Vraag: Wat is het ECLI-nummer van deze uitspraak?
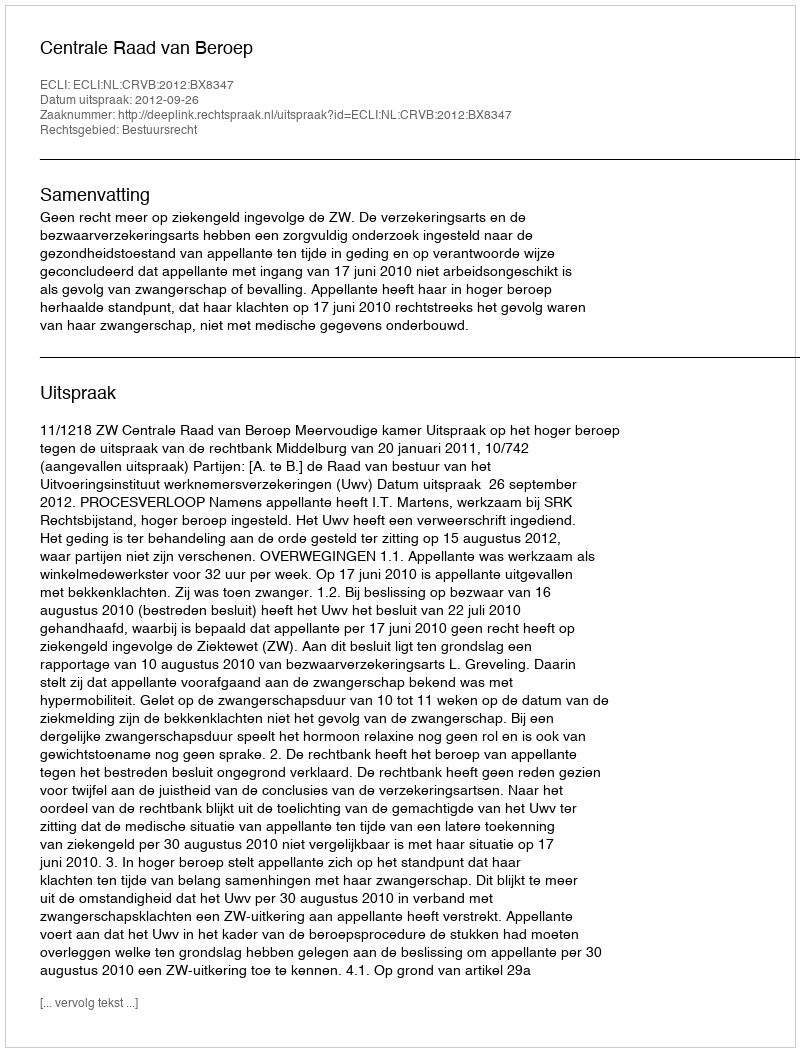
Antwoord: ECLI:NL:CRVB:2012:BX8347